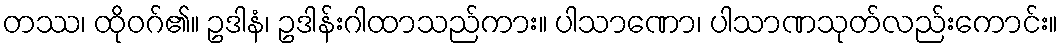
တဿ၊ ထိုဝဂ်၏။ ဥဒါနံ၊ ဥဒါန်းဂါထာသည်ကား။ ပါသာဏော၊ ပါသာဏသုတ်လည်းကောင်း။